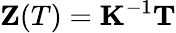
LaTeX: \mathbf Z(T)=\mathbf K^{-1}\mathbf T